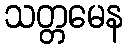
သတ္တမေန